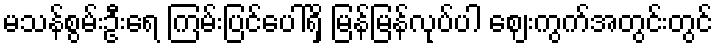
မသန်စွမ်းဦးရေ ကြမ်းပြင်ပေါ်ရှိ မြန်မြန်လုပ်ပါ ဈေးကွက်အတွင်းတွင်